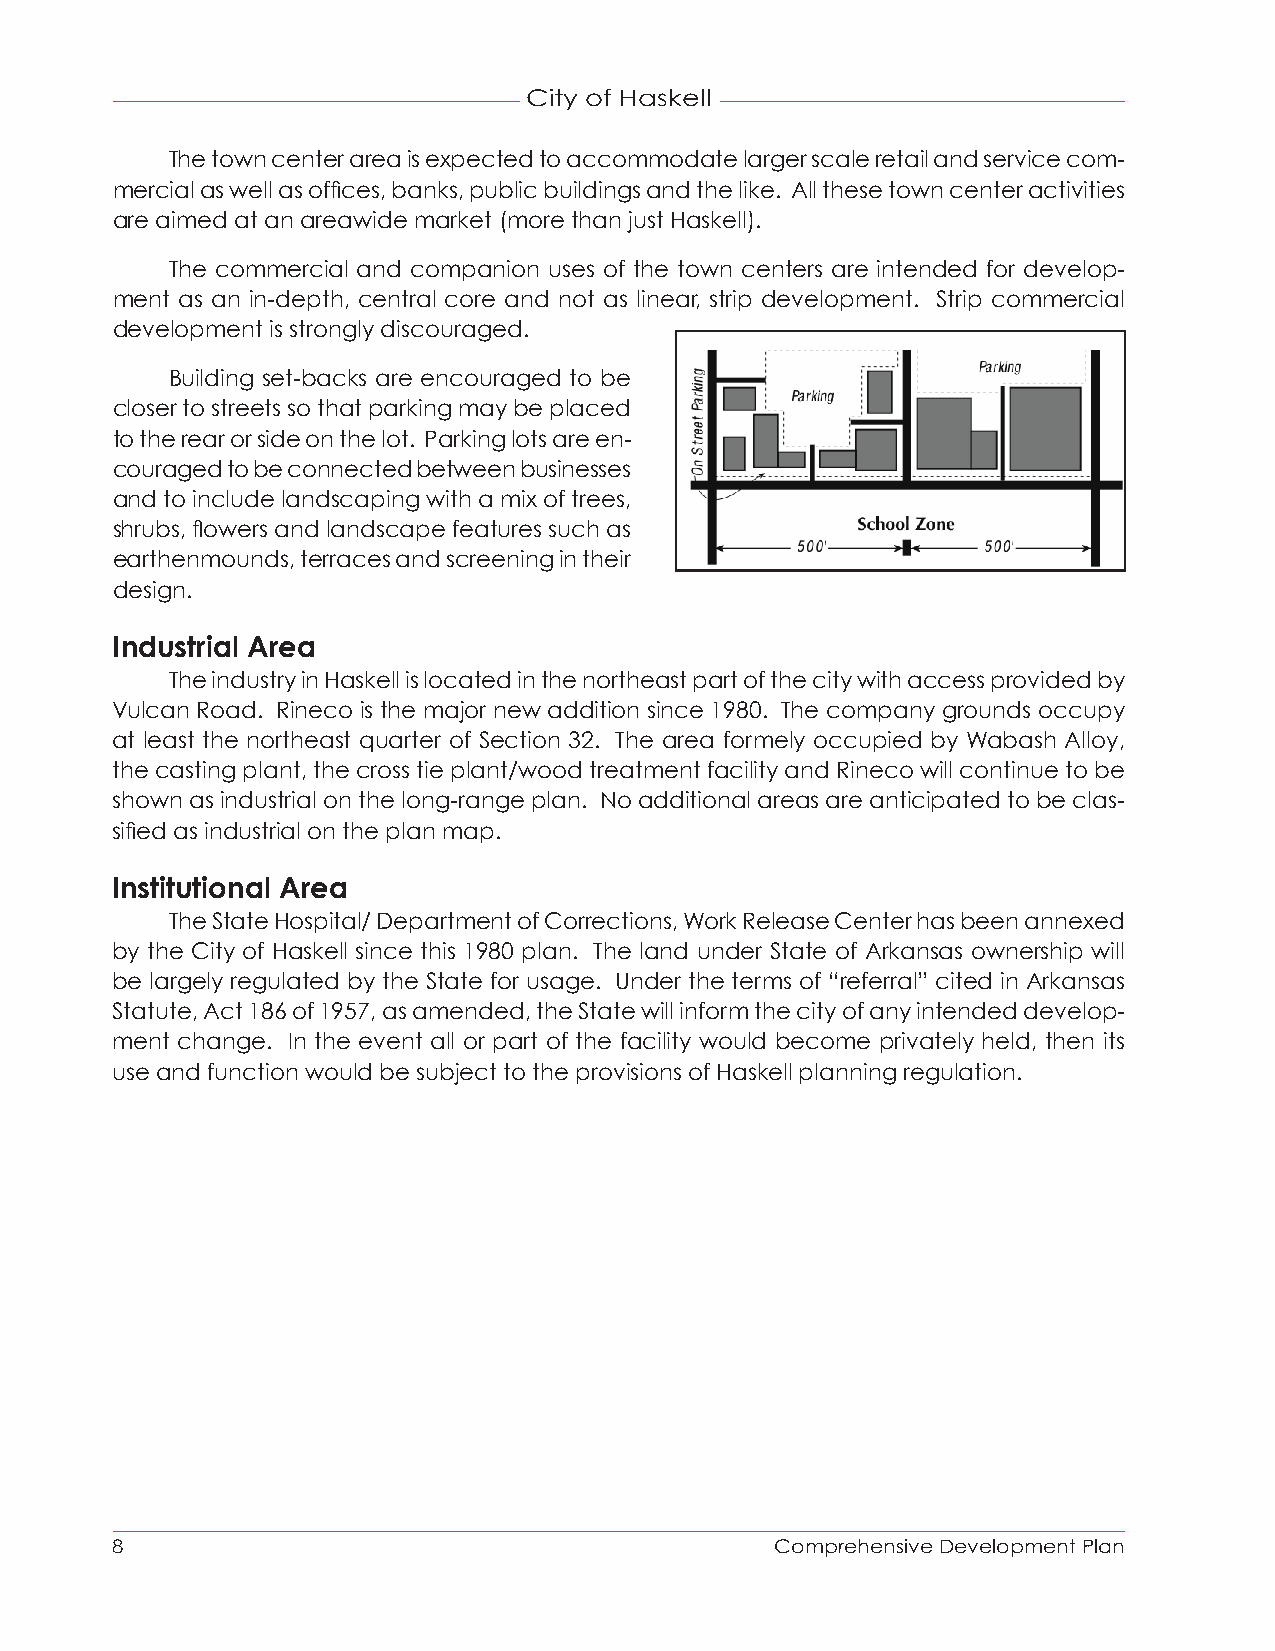
City of Haskell
 The town center area is expected to accommodate larger scale retail and service com-
 mercial as well as offices, banks, public buildings and the like. All these town center activities
 are aimed at an areawide market (more than just Haskell).
 The commercial and companion uses of the town centers are intended for develop-
 ment as an in-depth, central core and not as linear, strip development. Strip commercial
 development is strongly discouraged.
 Building set-backs are encouraged to be
 closer to streets so that parking may be placed
 to the rear or side on the lot. Parking lots are en-
 couraged to be connected between businesses
 and to include landscaping with a mix of trees,
 shrubs, flowers and landscape features such as
 earthenmounds, terraces and screening in their
 design.
 Industrial Area
 The industry in Haskell is located in the northeast part of the city with access provided by
 Vulcan Road. Rineco is the major new addition since 1980. The company grounds occupy
 at least the northeast quarter of Section 32. The area formely occupied by Wabash Alloy,
 the casting plant, the cross tie plant/wood treatment facility and Rineco will continue to be
 shown as industrial on the long-range plan. No additional areas are anticipated to be clas-
 sified as industrial on the plan map.
 Institutional Area
 The State Hospital/ Department of Corrections, Work Release Center has been annexed
 by the City of Haskell since this 1980 plan. The land under State of Arkansas ownership will
 be largely regulated by the State for usage. Under the terms of “referral” cited in Arkansas
 Statute, Act 186 of 1957, as amended, the State will inform the city of any intended develop-
 ment change. In the event all or part of the facility would become privately held, then its
 use and function would be subject to the provisions of Haskell planning regulation.
 8                                           Comprehensive Development Plan